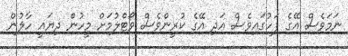
ނަމަވެސް އޭގެ ފަހުގައިވެސް އަދި އޭގެ ކުރީންވެސް ވޯޓްލުމަށް މީހުން ދިޔައީ ހާލުން